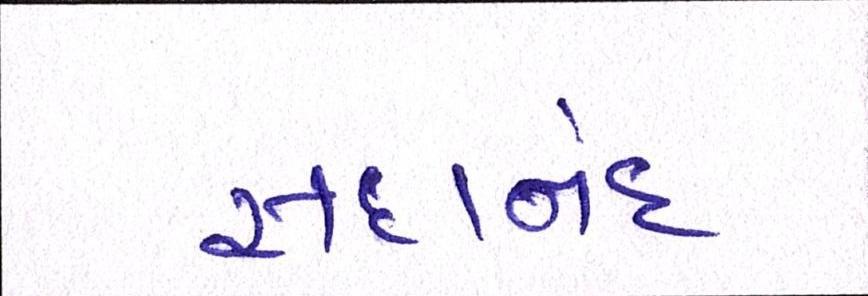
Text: સદાનંદ